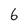
Character: 6